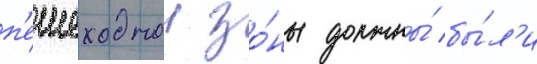
п'ешеходнои зо́ны должны́ бы́л'и